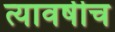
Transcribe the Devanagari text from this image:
त्यावर्षीच